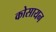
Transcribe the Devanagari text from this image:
कोसायन